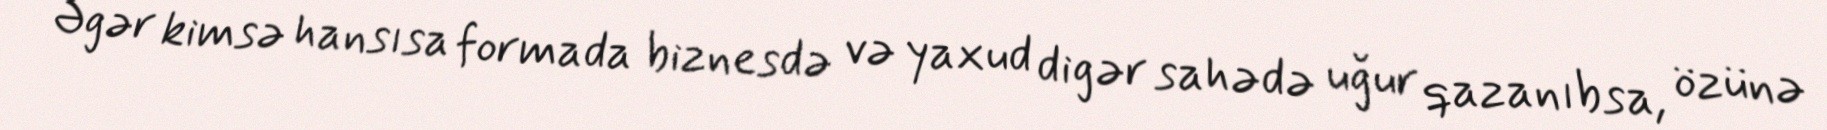
Əgər kimsə hansısa formada biznesdə və yaxud digər sahədə uğur qazanıbsa, özünə